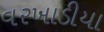
વરખાડીયા